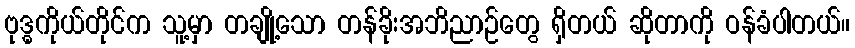
ဗုဒ္ဓကိုယ်တိုင်က သူ့မှာ တချို့သော တန်ခိုးအဘိညာဉ်တွေ ရှိတယ် ဆိုတာကို ဝန်ခံပါတယ်။